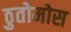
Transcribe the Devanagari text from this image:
ठुतोमोस